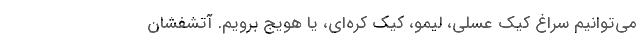
می‌توانیم سراغ کیک عسلی، لیمو، کیک کره‌ای، یا هویج برویم. آتشفشان